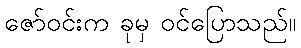
ဇော်ဝင်းက ခုမှ ဝင်ပြောသည်။